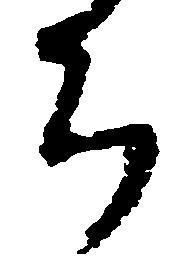
ち